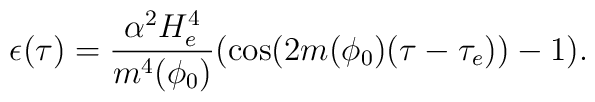
\epsilon(\tau)=\frac{\alpha^2 H_e^4}{m^4(\phi_0)}(\cos(2m(\phi_0)(\tau-\tau_e))-1).